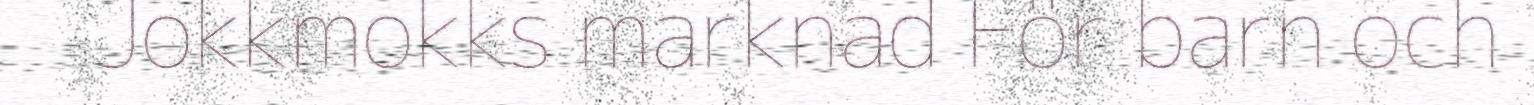
Jokkmokks marknad För barn och